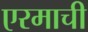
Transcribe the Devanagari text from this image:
एरमाची